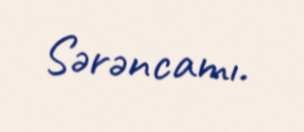
Sərəncamı.